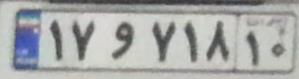
۱۷و۷۱۸۱۰